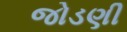
જોડણી